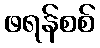
ဖရန်စစ်